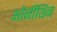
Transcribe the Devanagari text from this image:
ओर्नीथिन